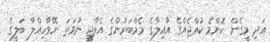
އަދި މީގެން ކޮންމެ ކުއްޖެއްގެ އާއިލާގެ މެމްބަރުންގެ އެލާޖީ ނުވަތަ ނޭވާހިއްލާ ބަލީގެ